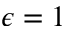
\epsilon = 1